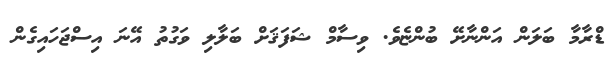
ޑްރާމާ ބަލަން އަންނާށޭ ބުންޏެވެ. ވިސާމް ޝަފަޤަށް ބަލާލި ވަގުތު އޭނަ އިސްޖަހައިގެން